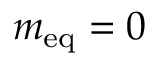
m _ { \mathrm { { e q } } } = 0